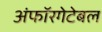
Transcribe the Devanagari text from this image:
अंफॉरगेटेबल